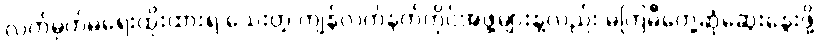
လက်မှတ်မရေးထိုးထားရ သေးတဲ့ ကျန်လက်နက်ကိုင်အဖွဲ့များနဲ့လည်း မကြမီတွေ့ဆုံဆွေးနွေးဖို့